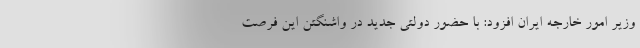
وزیر امور خارجه ایران افزود: با حضور دولتی جدید در واشنگتن این فرصت